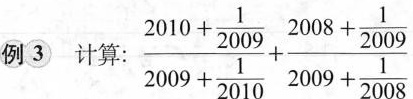
例3 计算： $$\frac { 2010 + \frac { 1 } { 2009 } } { 2009 + \frac { 1 } { 2010 } } + \frac { 2008 + \frac { 1 } { 2009 } } { 2009 + \frac { 1 } { 2008 } }$$